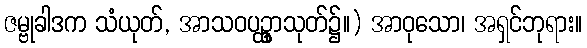
ဇမ္ဗုခါဒက သံယုတ်, အာသဝပဥ္ထှာသုတ်၌။) အာဝုသော၊ အရှင်ဘုရား။